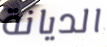
الديانة